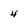
Character: 4